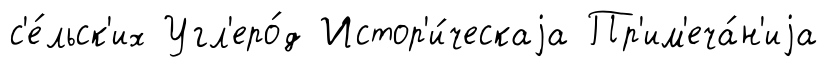
с'е́льск'их Угл'еро́д Истор'и́ческаjа Пр'им'еча́н'иjа